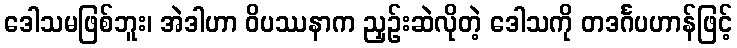
ဒေါသမဖြစ်ဘူး၊ အဲဒါဟာ ဝိပဿနာက ညှဉ်းဆဲလိုတဲ့ ဒေါသကို တဒင်္ဂပဟာန်ဖြင့်